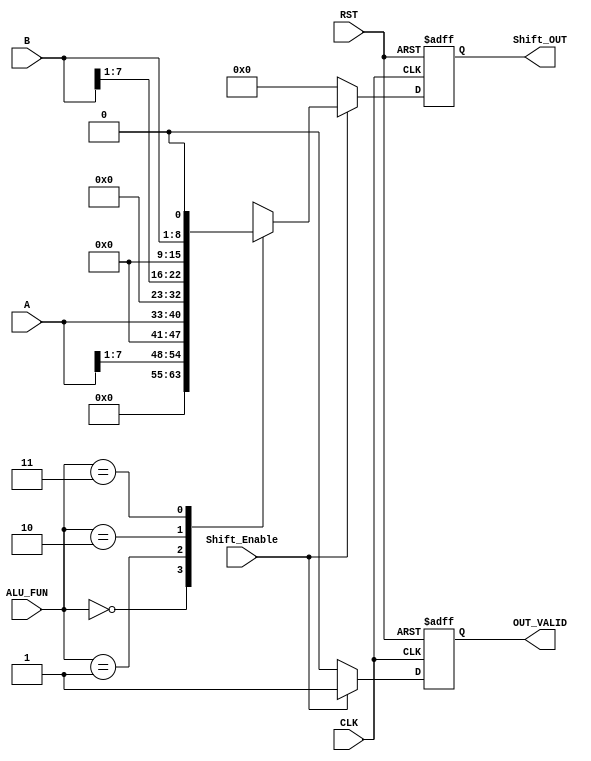
/********************************************************************************************/
/********************************************************************************************/
/**************************		Author: Alyaa Mohamed    ************************************/
/**************************		Module: Shift_unit	 	 ************************************/
/********************************************************************************************/
/********************************************************************************************/

module Shift_unit #(parameter 	A_WIDTH = 8	, B_WIDTH = 8 , OUT_WIDTH = 16, ALU_FUN_WIDTH = 2)									
 (																
	input  wire [A_WIDTH-1:0] 			A									,
	input  wire [B_WIDTH-1:0] 			B									,
	input  wire [ALU_FUN_WIDTH-1:0] 	ALU_FUN								,
	input  wire 						Shift_Enable						,
	input  wire 		  				CLK									,
	input  wire							RST									,
		
	output reg  [OUT_WIDTH-1:0] 		Shift_OUT							,
	output reg							OUT_VALID	
 );


	reg 		[OUT_WIDTH-1:0] 		Shift_Result						;
	reg									VALID								;
	
/********************************************************************************************/
/*********************************Registers For The Outputs**********************************/
	
	always@(posedge CLK or negedge RST)	
		begin	
			
			if(!RST)
				begin
				
					Shift_OUT <= 'b0										;
					OUT_VALID <= 'b0										;

				end
			else
				begin
				
					Shift_OUT <= Shift_Result								;
					OUT_VALID <= VALID										;

				end
	
		end	
	
/********************************************************************************************/
/**************************************Shift Operations**************************************/
	
	always@(*)	
		begin	
				
			VALID = 1'b0													;

			if (Shift_Enable)	
				begin	
					
					case (ALU_FUN)
						'b00: 	 Shift_Result = A >> 1'b1					;				
						'b01: 	 Shift_Result = A << 1'b1					;
						'b10:	 Shift_Result = B >> 1'b1					;
						'b11: 	 Shift_Result = B << 1'b1					;
						default: Shift_Result = 'd0							;
					endcase
					
					VALID = 'b1												;

				end
			else
				begin

					Shift_Result = 'b0										;
					VALID = 'b0												;
				
				end
		end

endmodule